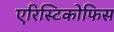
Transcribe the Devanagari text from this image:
एरिस्टिकोफिस